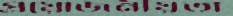
প্রয়োজনীয়তা